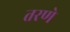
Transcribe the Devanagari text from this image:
तरणे